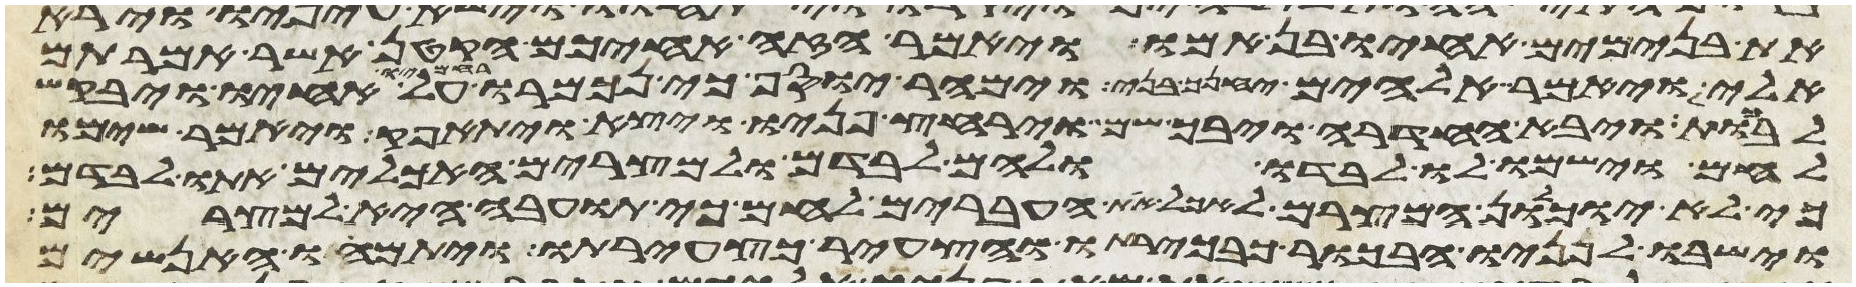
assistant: את בנימים אחיו בן אמו ויאמר הזה אחיכם הקטן אשר אמרתם
אלי ויאמר אלהים יחנך בני וימהר יוסף כי נכמרו רחמיו על אחיו ויבקש
לבכות ויבא החדרה ויבך שם וירחץ פניו ויצא ויתאפק ויאמר שימו
לחם וישמו לו לבדו ולהם לבדם ולמצרים האכלים אתו לבדם
כי לא יוכלון המצרים לאכל את העברים לחם כי תועבה היא למצרים
וישבו לפניו הבכור כבכירתו והצעיר כצעירתו ויתמהו האנשים